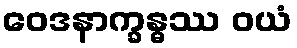
ဝေဒနာက္ခန္ဓဿ ဝယံ